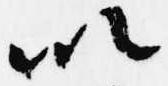
以